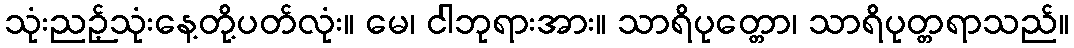
သုံးညဉ့်သုံးနေ့တို့ပတ်လုံး။ မေ၊ ငါဘုရားအား။ သာရိပုတ္တော၊ သာရိပုတ္တရာသည်။